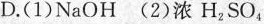
D.(1)NaOH(2)浓H_{2}SO_{4}